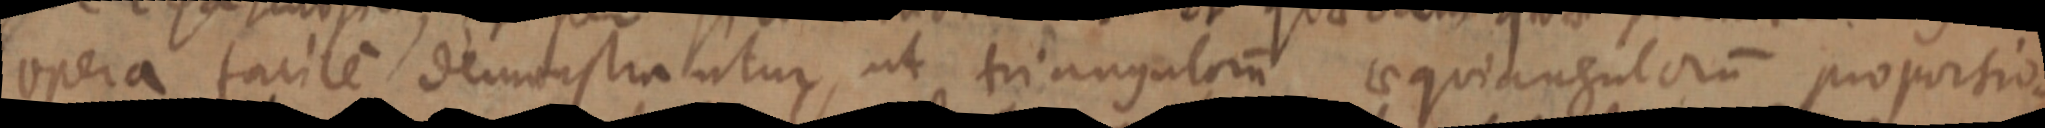
opera facile demonstrantur, ut triangulorum aequi angulorum proportio